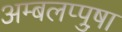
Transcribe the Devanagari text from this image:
अम्बलप्पुष़ा